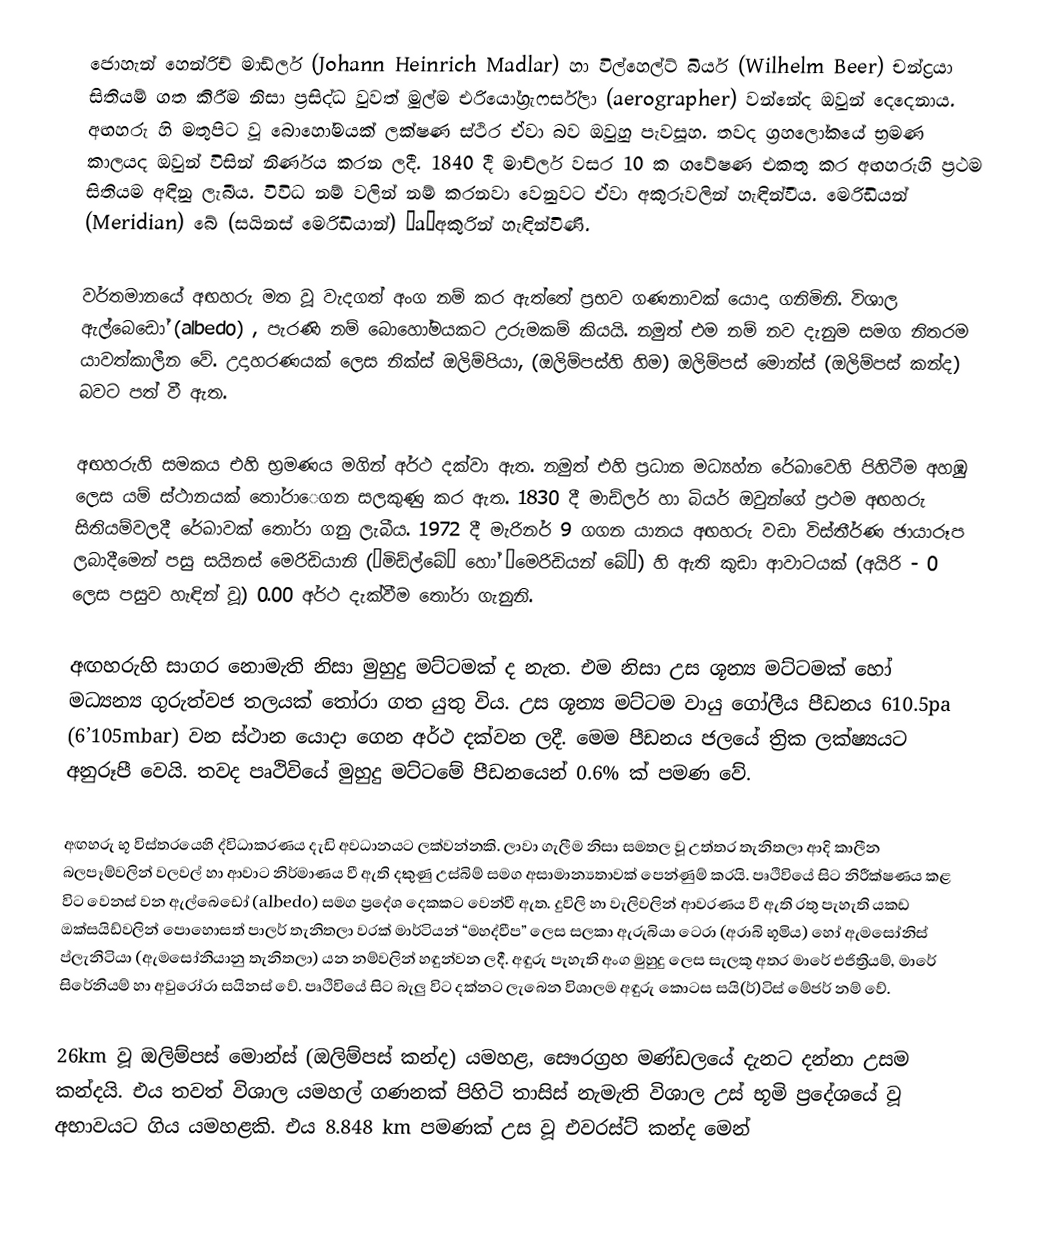
ජොහැන් හෙන්රිච් මාඩ්ලර් (Johann Heinrich Madlar) හා විල්හෙල්ට් බියර් (Wilhelm Beer) චන්ද්‍රයා සිතියම් ගත කිරීම නිසා ප්‍රසිද්ධ වුවත් මුල්ම එරියෝග්‍රැෆර්ස්ලා (aerographer) වන්නේද  ඔවුන් දෙදෙනාය. අඟහරු හි මතුපිට වූ බොහෝමයක් ලක්ෂණ ස්ථිර ඒවා බව ඔවුහු පැවසූහ. තවද ග්‍රහලෝකයේ භ්‍රමණ කාලයද ඔවුන් විසින් නිර්ණය කරන ලදී. 1840 දී මාච්ලර් වසර 10 ක ගවේෂණ එකතු කර අඟහරුහි ප්‍රථම සිතියම අඳිනු ලැබීය. විවිධ නම් වලින් නම් කරනවා වෙනුවට ඒවා අකුරුවලින් හැඳින්වීය. මෙරිඩියන් (Meridian) බේ (සයිනස් මෙරිඩියාන්) “a”අකුරින් හැඳින්විණි.

වර්තමානයේ අඟහරු මත වූ වැදගත් අංග නම් කර ඇත්තේ ප්‍රභව ගණනාවක් යොදා ගනිමිනි. විශාල ඇල්බෙඩෝ (albedo) , පැරණි නම් බොහෝමයකට උරුමකම් කියයි. නමුත් එම නම් නව දැනුම සමග නිතරම යාවත්කාලීන වේ. උදාහරණයක් ලෙස නික්ස් ඔලිම්පියා, (ඔලිම්පස්හි හිම) ඔලිම්පස් මොන්ස් (ඔලිම්පස් කන්ද) බවට පත් වී ඇත.

අඟහරුහි සමකය එහි භ්‍රමණය මගින් අර්ථ දක්වා ඇත. නමුත් එහි ප්‍රධාන මධ්‍යහ්න රේඛාවෙහි පිහිටීම අහඹු ලෙස යම් ස්ථානයක් තෝරා‍ෙගන සලකුණු කර ඇත. 1830 දී මාඩ්ලර් හා බියර් ඔවුන්ගේ ප්‍රථම අඟහරු සිතියම්වලදී රේඛාවක් තෝරා ගනු ලැබීය. 1972 දී මැරිනර් 9 ගගන  යානය අඟහරු වඩා විස්තීර්ණ ඡායාරූප ලබාදීමෙන් පසු සයිනස් මෙරිඩියානි (“මිඩ්ල්බේ” හෝ “මෙරිඩියන් බේ”) හි ඇති කුඩා ආවාටයක් (අයිරි - 0 ලෙස පසුව හැඳින් වූ) 0.00 අර්ථ දැක්වීම තෝරා ගැනුනි.

අඟහරුහි සාගර නොමැති නිසා මුහුදු මට්ටමක් ද නැත. එම නිසා උස ශූන්‍ය මට්ටමක් හෝ මධ්‍යන්‍ය ගුරුත්වජ තලයක් තෝරා ගත යුතු විය. උස ශූන්‍ය මට්ටම වායු ගෝලීය පීඩනය 610.5pa (6’105mbar) වන ස්ථාන යොදා ගෙන අර්ථ දක්වන ලදී. මෙම පීඩනය ජලයේ ත්‍රික ලක්ෂ්‍යයට අනුරූපී වෙයි. තවද පෘථිවියේ මුහුදු මට්ටමේ පීඩනයෙන් 0.6% ක් පමණ වේ.

අඟහරු භූ විස්තරයෙහි ද්විධාකරණය දැඩි අවධානයට ලක්වන්නකි. ලාවා ගැලීම නිසා සමතල වූ උත්තර තැනිතලා ආදි කාලීන බලපෑම්වලින් වලවල් හා ආවාට නිර්මාණය වී ඇති දකුණු උස්බිම් සමග අසාමාන්‍යතාවක් පෙන්ණුම් කරයි. පෘථිවියේ සිට නිරීක්ෂණය කළ විට වෙනස් වන ඇල්බෙඩෝ (albedo) සමග ප්‍රදේශ දෙකකට වෙන්වී ඇත. දුවිලි හා වැලිවලින් ආවරණය වී ඇති රතු පැහැති යකඩ ඔක්සයිඩ්වලින් පොහොසත් පාලර් තැනිතලා වරක් මාර්ටියන් “මහද්වීප” ලෙස සලකා ඇරුබියා ටෙරා (අරාබි භූමිය) හෝ ඇමසෝනිස් ප්ලැනිටියා (ඇමසෝනියානු තැනිතලා) යන නම්වලින් හඳුන්වන ලදී. අඳුරු පැහැති අංග මුහුදු ලෙස සැලකූ අතර මාරේ එජිත්‍රියම්, මාරේ සිරේනියම් හා අවුරෝරා සයිනස් වේ. පෘථිවියේ සිට බැලු විට දක්නට ලැබෙන විශාලම අඳුරු කොටස සයි(ර්)ටිස් මේජර් නම් වේ.

26km වූ ඔලිම්පස් මොන්ස් (ඔලිම්පස් කන්ද) යමහළ, සෞරග්‍රහ මණ්ඩලයේ දැනට දන්නා උසම කන්දයි. එය තවත් විශාල යමහල් ගණනක් පිහිටි තාසිස් නැමැති විශාල උස් භූමි ප්‍රදේශයේ වූ අභාවයට ගිය යමහළකි. එය 8.848 km පමණක් උස වූ එවරස්ට් කන්ද මෙන්